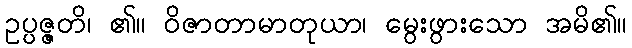
ဥပ္ပဇ္ဇတိ၊ ၏။ ဝိဇာတာမာတုယာ၊ မွေးဖွားသော အမိ၏။